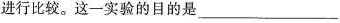
进行比较。这一实验的目的是_________